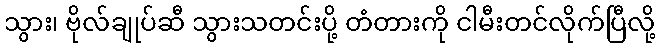
သွား၊ ဗိုလ်ချုပ်ဆီ သွားသတင်းပို့ တံတားကို ငါမီးတင်လိုက်ပြီလို့